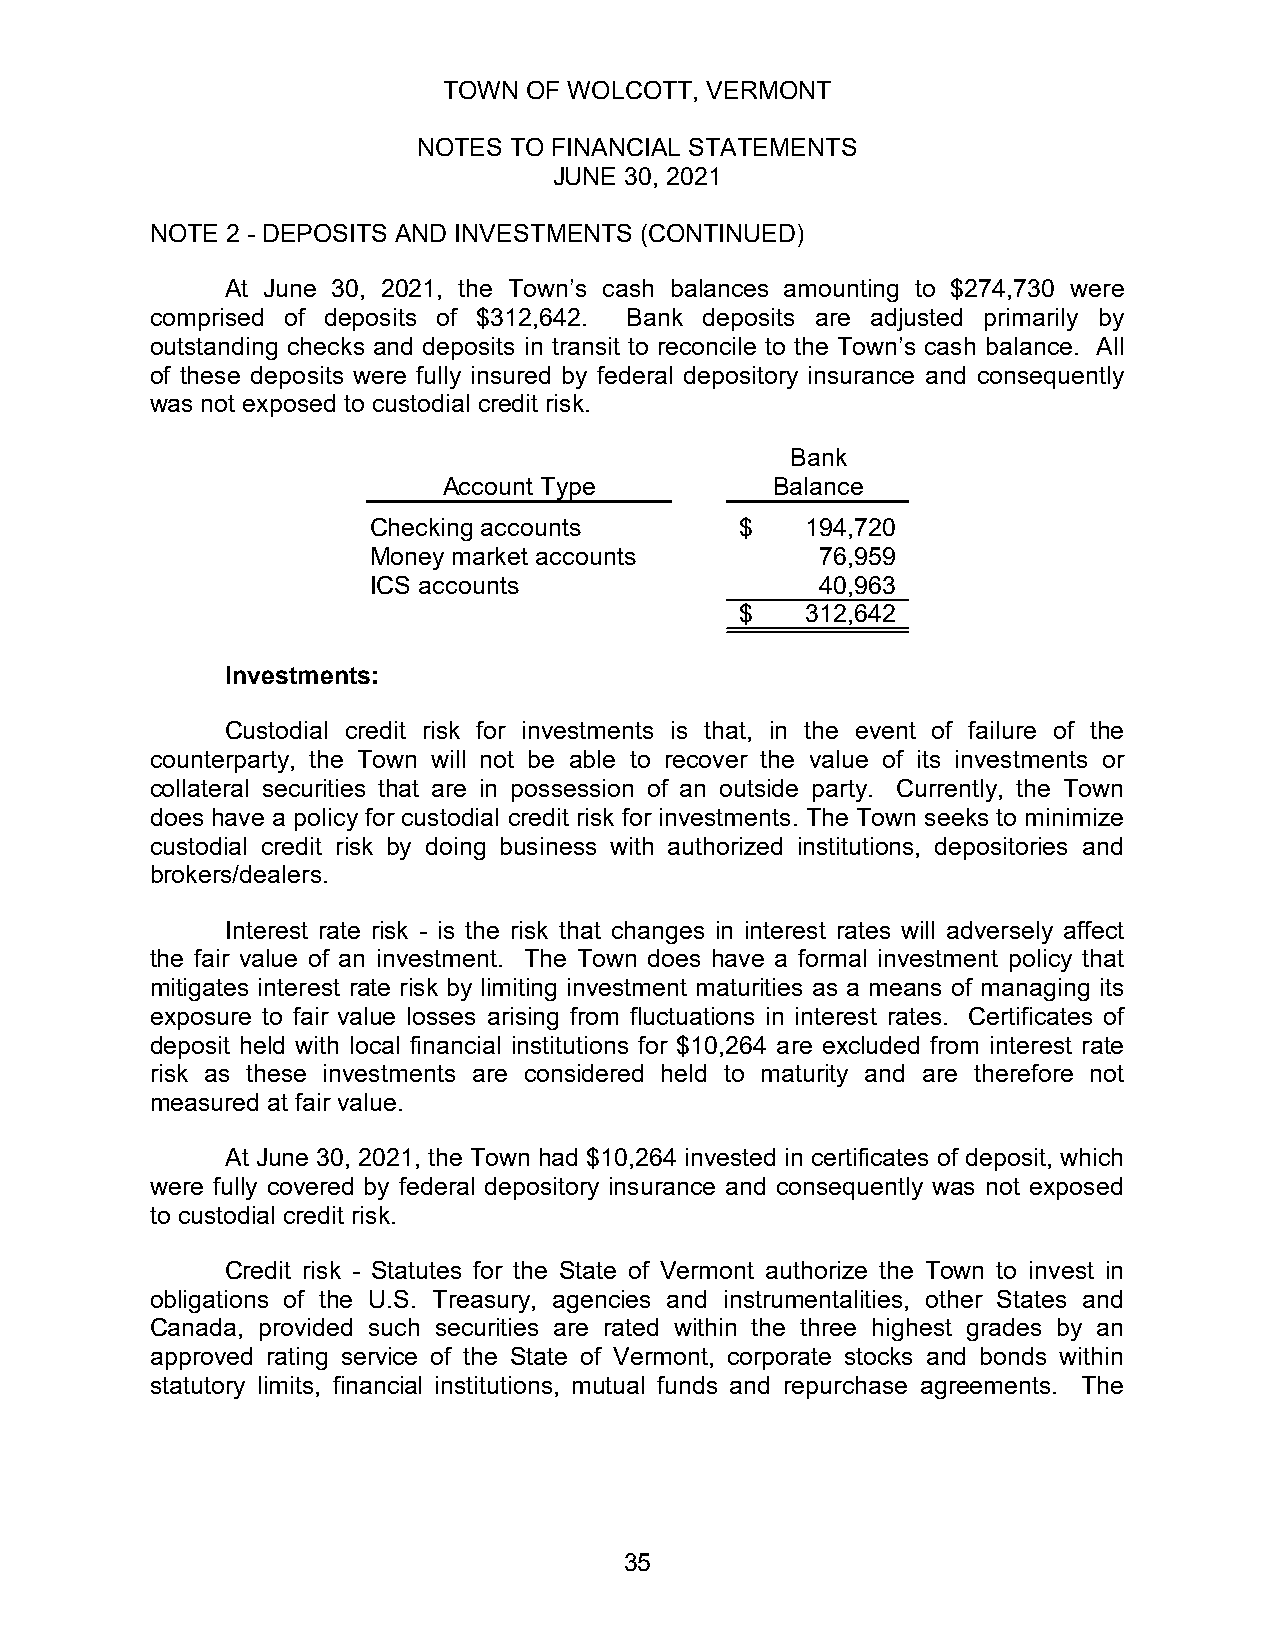
TOWN  OF WOLCOTT, VERMONT
 NOTES TO FINANCIAL STATEMENTS
 JUNE 30, 2021
 NOTE 2 - DEPOSITS AND INVESTMENTS (CONTINUED)
 At June 30, 2021, the Town’s cash balances amounting to $274,730 were
 comprised of deposits of $312,642. Bank deposits are adjusted primarily by
 outstanding checks and deposits in transit to reconcile to the Town’s cash balance. All
 of these deposits were fully insured by federal depository insurance and consequently
 was not exposed to custodial credit risk.
 Bank
 Account Type          Balance
 Checking accounts       $   194,720
 Money market accounts        76,959
 ICS accounts                 40,963
 $   312,642
 Investments:
 Custodial credit risk for investments is that, in the event of failure of the
 counterparty, the Town will not be able to recover the value of its investments or
 collateral securities that are in possession of an outside party. Currently, the Town
 does have a policy for custodial credit risk for investments. The Town seeks to minimize
 custodial credit risk by doing business with authorized institutions, depositories and
 brokers/dealers.
 Interest rate risk - is the risk that changes in interest rates will adversely affect
 the fair value of an investment. The Town does have a formal investment policy that
 mitigates interest rate risk by limiting investment maturities as a means of managing its
 exposure to fair value losses arising from fluctuations in interest rates. Certificates of
 deposit held with local financial institutions for $10,264 are excluded from interest rate
 risk as these investments are considered held to maturity and are therefore not
 measured at fair value.
 At June 30, 2021, the Town had $10,264 invested in certificates of deposit, which
 were fully covered by federal depository insurance and consequently was not exposed
 to custodial credit risk.
 Credit risk - Statutes for the State of Vermont authorize the Town to invest in
 obligations of the U.S. Treasury, agencies and instrumentalities, other States and
 Canada, provided such securities are rated within the three highest grades by an
 approved rating service of the State of Vermont, corporate stocks and bonds within
 statutory limits, financial institutions, mutual funds and repurchase agreements. The
 35